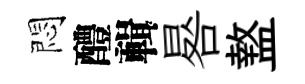
悶醴輯晷盩